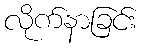
လိုက်နာခြင်း